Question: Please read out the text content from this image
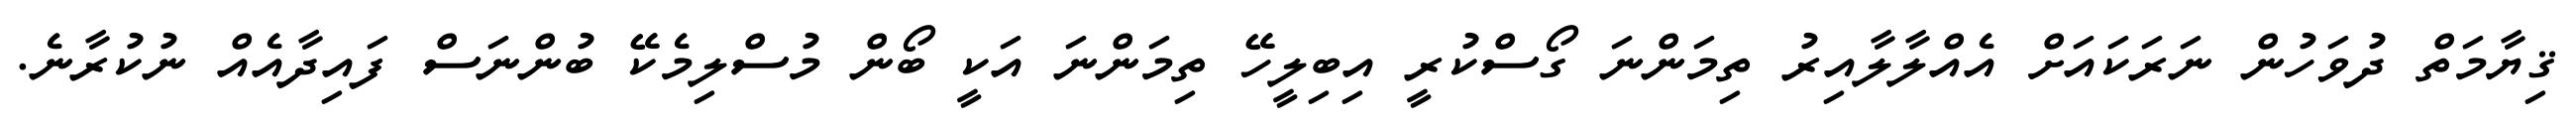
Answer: ޤިޔާމަތް ދުވަހުން ނަރަކައަށް އެއްލާލާއިރު ތިމަންނަ ގޯސްކުރީ އިބިލީހޭ ތިމަންނަ އަކީ ބޯން މުސްލިމެކޭ ބުންނަސް ފައިދާއެއް ނުކުރާނެ.